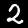
Digit: 2